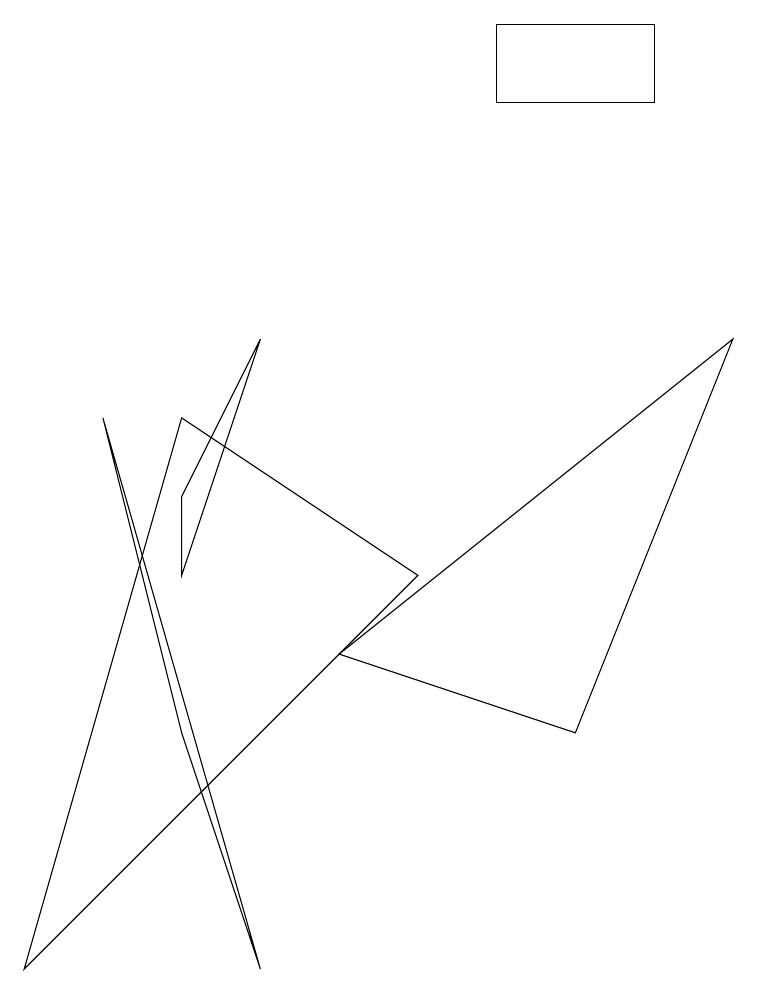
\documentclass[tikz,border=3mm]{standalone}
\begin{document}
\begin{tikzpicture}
\draw (9,8) -- (7,3) -- (4,4) -- cycle;
\draw (6,12) rectangle (8,11);
\draw (2,5) -- (3,8) -- (2,6) -- cycle;
\draw (5,5) -- (2,7) -- (0,0) -- cycle;
\draw (2,3) -- (3,0) -- (1,7) -- cycle;
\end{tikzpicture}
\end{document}